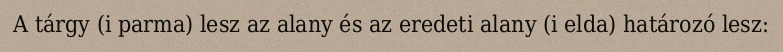
A tárgy (i parma) lesz az alany és az eredeti alany (i elda) határozó lesz: